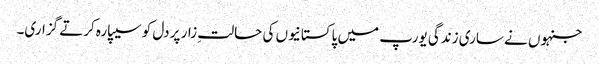
جنہوں نے ساری زندگی یورپ میں پاکستانیوں کی حالتِ زار پر دل کو سیپارہ کرتے گزاری۔